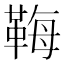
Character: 𩊱